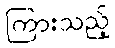
ကြားသည့်